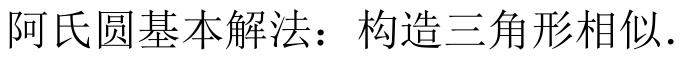
阿氏圆基本解法：构造三角形相似.